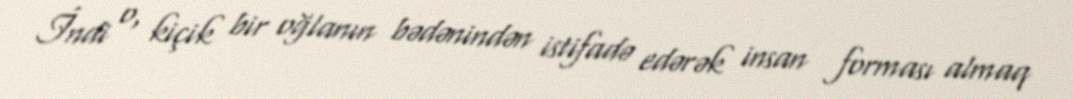
İndi o, kiçik bir oğlanın bədənindən istifadə edərək insan forması almaq